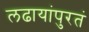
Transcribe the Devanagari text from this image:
लढायांपुरतं